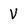
Character: V